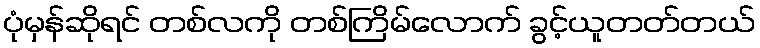
ပုံမှန်ဆိုရင် တစ်လကို တစ်ကြိမ်လောက် ခွင့်ယူတတ်တယ်